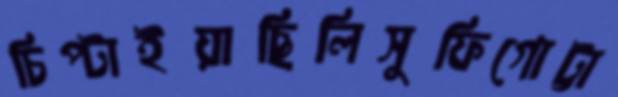
চিপ্‌টাইয়াছিলিসুফিগোট্টা